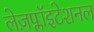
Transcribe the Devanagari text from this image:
लेज़प्लॉइटेशनल